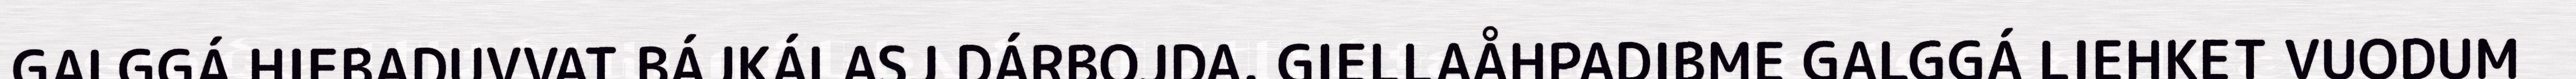
GALGGÁ HIEBADUVVAT BÁJKÁLASJ DÁRBOJDA. GIELLAÅHPADIBME GALGGÁ LIEHKET VUODUM